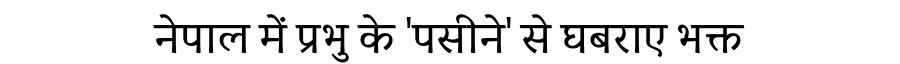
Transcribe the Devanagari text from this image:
नेपाल में प्रभु के 'पसीने' से घबराए भक्त